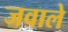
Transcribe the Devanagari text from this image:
जवाले